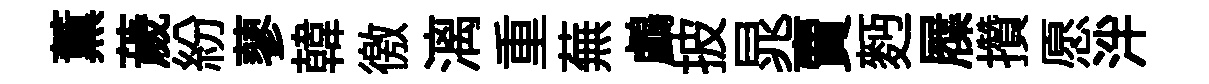
薫薉紛蓼韓徼漓重蕪鸕披晁賣麪屧攢愿泮